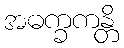
အဓက္ခကန္တိ